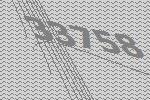
33758